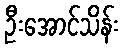
ဦးအောင်သိန်း